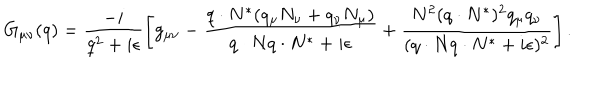
LaTeX: G _ { \mu \nu } ( q ) = \frac { - i } { q ^ { 2 } + i \epsilon } \left[ g _ { \mu \nu } - \frac { q \cdot N ^ { \ast } ( q _ { \mu } N _ { \nu } + q _ { \nu } N _ { \mu } ) } { q \cdot N q \cdot N ^ { \ast } + i \epsilon } + \frac { N ^ { 2 } ( q \cdot N ^ { \ast } ) ^ { 2 } q _ { \mu } q _ { \nu } } { ( q \cdot N q \cdot N ^ { \ast } + i \epsilon ) ^ { 2 } } \right] .